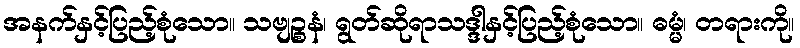
အနက်နှင့်ပြည့်စုံသော။ သဗျဉ္စနံ၊ ရွတ်ဆိုရာသဒ္ဒါနှင့်ပြည့်စုံသော။ ဓမ္မံ၊ တရားကို။